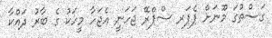
ގަސްތުގަ މޫނަށް ޕެޕަރ ސްޕްރޭ ޖަހަނީ އެޖަހާ މީހަކު ގެ ބާރު ދައްކާ